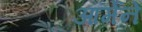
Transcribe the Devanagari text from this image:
आर्मेने